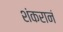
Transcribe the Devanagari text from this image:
शंकरानं